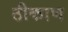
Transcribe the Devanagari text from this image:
ठीकाण